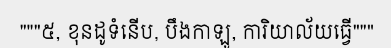
"""៥, ខុនដូទំនើប, បឹងកាឡូ, ការិយាល័យធ្វើ"""